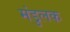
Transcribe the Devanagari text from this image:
मंडुलक